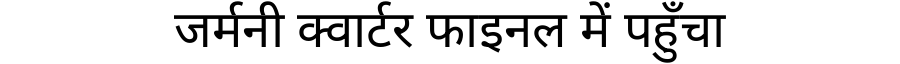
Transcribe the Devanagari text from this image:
जर्मनी क्वार्टर फाइनल में पहुँचा